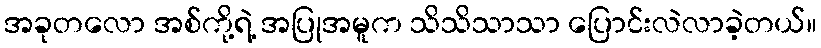
အခုတလော အစ်ကို့ရဲ့ အပြုအမူက သိသိသာသာ ပြောင်းလဲလာခဲ့တယ်။